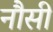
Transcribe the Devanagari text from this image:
नौसी